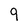
Character: 9